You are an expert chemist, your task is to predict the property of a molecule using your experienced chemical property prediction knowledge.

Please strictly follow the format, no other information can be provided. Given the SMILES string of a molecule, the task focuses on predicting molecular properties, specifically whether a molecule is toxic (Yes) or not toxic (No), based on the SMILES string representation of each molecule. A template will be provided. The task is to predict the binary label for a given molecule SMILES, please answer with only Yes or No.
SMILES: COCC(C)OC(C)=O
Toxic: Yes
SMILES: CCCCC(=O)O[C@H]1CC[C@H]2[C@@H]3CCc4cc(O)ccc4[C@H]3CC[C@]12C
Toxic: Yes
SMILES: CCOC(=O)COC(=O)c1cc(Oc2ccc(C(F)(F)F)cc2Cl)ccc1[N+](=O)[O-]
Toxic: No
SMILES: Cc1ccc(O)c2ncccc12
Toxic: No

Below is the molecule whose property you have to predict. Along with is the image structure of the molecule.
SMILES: CCCC(=O)O[C@]1(C(=O)COC(=O)CC)[C@@H](C)C[C@H]2[C@@H]3CCC4=CC(=O)C=C[C@]4(C)[C@@]3(F)[C@@H](O)C[C@@]21C
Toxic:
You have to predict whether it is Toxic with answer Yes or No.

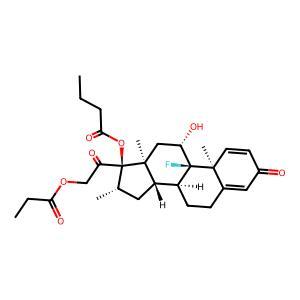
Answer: Yes